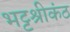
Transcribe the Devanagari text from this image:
भट्टश्रीकंठ